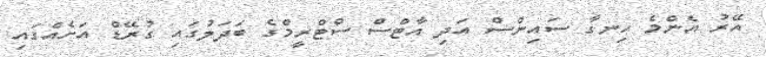
އޭރު އެންމެ ހިނގާ ސައިންސް އަދި އާޓްސް ސްޓްރީމްގެ ބަދަލުގައި ގުރޭޑް އަށެއްގައި